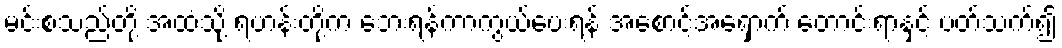
မင်းစသည်တို့ အထံသို့ ရဟန်းတို့က ဘေးရန်ကာကွယ်ပေးရန် အစောင့်အရှောက် တောင်းရာနှင့် ပတ်သက်၍